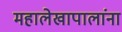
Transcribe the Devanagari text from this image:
महालेखापालांना